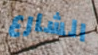
الشارع